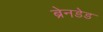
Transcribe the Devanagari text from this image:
ब्रेनडेड